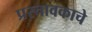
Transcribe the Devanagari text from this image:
प्रस्तावकाचे